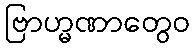
ဗြာဟ္မဏာတွေဝ